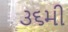
૩૬મી